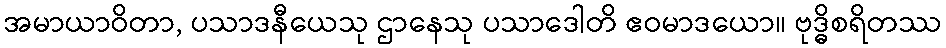
အမာယာဝိတာ, ပသာဒနီယေသု ဌာနေသု ပသာဒေါတိ ဧဝမာဒယော။ ဗုဒ္ဓိစရိတဿ